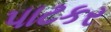
પાટકર